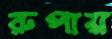
রুপায়